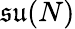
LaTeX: \mathfrak{su}(N)